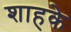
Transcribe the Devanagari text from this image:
शाहके